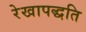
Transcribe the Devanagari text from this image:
रेखापद्धति